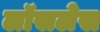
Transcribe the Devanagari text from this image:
लॉसलेस